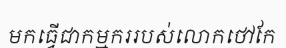
មកធ្វើជាកម្មកររបស់លោកថៅកែ